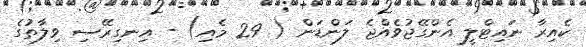
ކެއިރާ ނައިޓްލީ އެންގޭޖުވެއްޖެ ލަންޑަން ( 29 މެއި) - އިނގިރޭސި ވިލާތުގެ